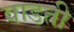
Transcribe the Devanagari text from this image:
वाडती